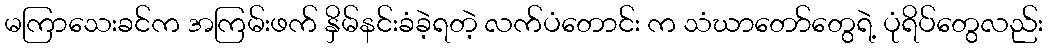
မကြာသေးခင်က အကြမ်းဖက် နှိမ်နင်းခံခဲ့ရတဲ့ လက်ပံတောင်း က သံဃာတော်တွေရဲ့ ပုံရိပ်တွေလည်း